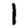
Digit: 1